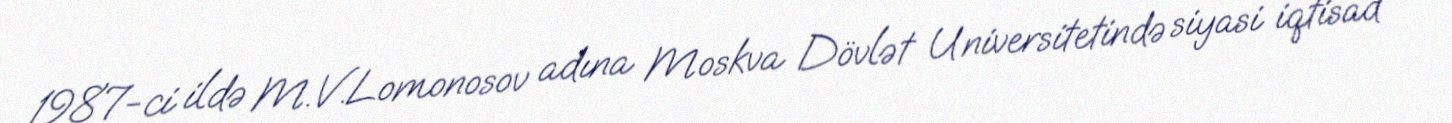
1987-ci ildə M.V.Lomonosov adına Moskva Dövlət Universitetində siyasi iqtisad